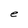
Character: e